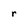
Character: r